Leprosy in India: report of the Leprosy Commission in India, 1890-91
Year: 1890
Disease focus: Leprosy
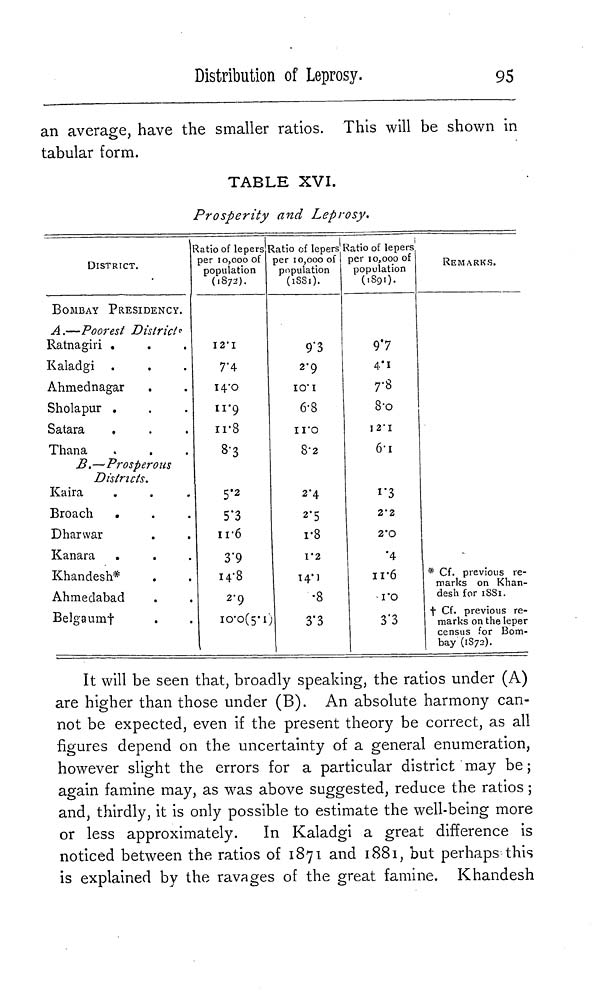
95
Distribution of Leprosy.
an average, have the smaller ratios. This will be shown in
tabular form.
TABLE XVI.
Prosperity and Leprosy.
DISTRICT.
BOMBAY PRESIDENCY.
A.—Poorest District
Ratnagiri .
Kaladgi .
Ahmednagar
Sholapur ,
Satara
Thana
B.—Prosperous
Districts.
Kaira
Broach
.
Dharwar
Kanara
Khandesh*
Ahmedabad
Belgaum
Ratio of lepers
per 10,000 of
population
(.872).
I2..1
7.4
14.0
11.9
11.8
8.3
5.2
5.3
11.6
3.9
14.8
2.9
10.0(5.1)
Ratio of lepers
per 10,000 of
population
(1881).
9.3
2.9
10.1
6.8
11.0
8.2
2.4
2.5
1.8
1.2
14.1
•8
3.3
Ratio of lepers
per 10,000 of
population
(1891).
9.7
4.1
7.8
8.0
I2.I
6.1
1.3
2.2
2.0
.4
11.6
1.0
3.3
REMARKS.
* Cf. previous re-
marks on Khan-
desh for 1881.
Cf. previous re-
marks on the leper
census for Bom-
bay (1872).
It will be seen that, broadly speaking, the ratios under (A)
are higher than those under (B). An absolute harmony can-
not be expected, even if the present theory be correct, as all
figures depend on the uncertainty of a general enumeration,
however slight the errors for a particular district may be ;
again famine may, as was above suggested, reduce the ratios ;
and, thirdly, it is only possible to estimate the well being more
or less approximately.
In Kaladgi a great difference is
noticed between the ratios of 1871 and 1881, but perhaps this
is explained by the ravages of the great famine. Khandesh